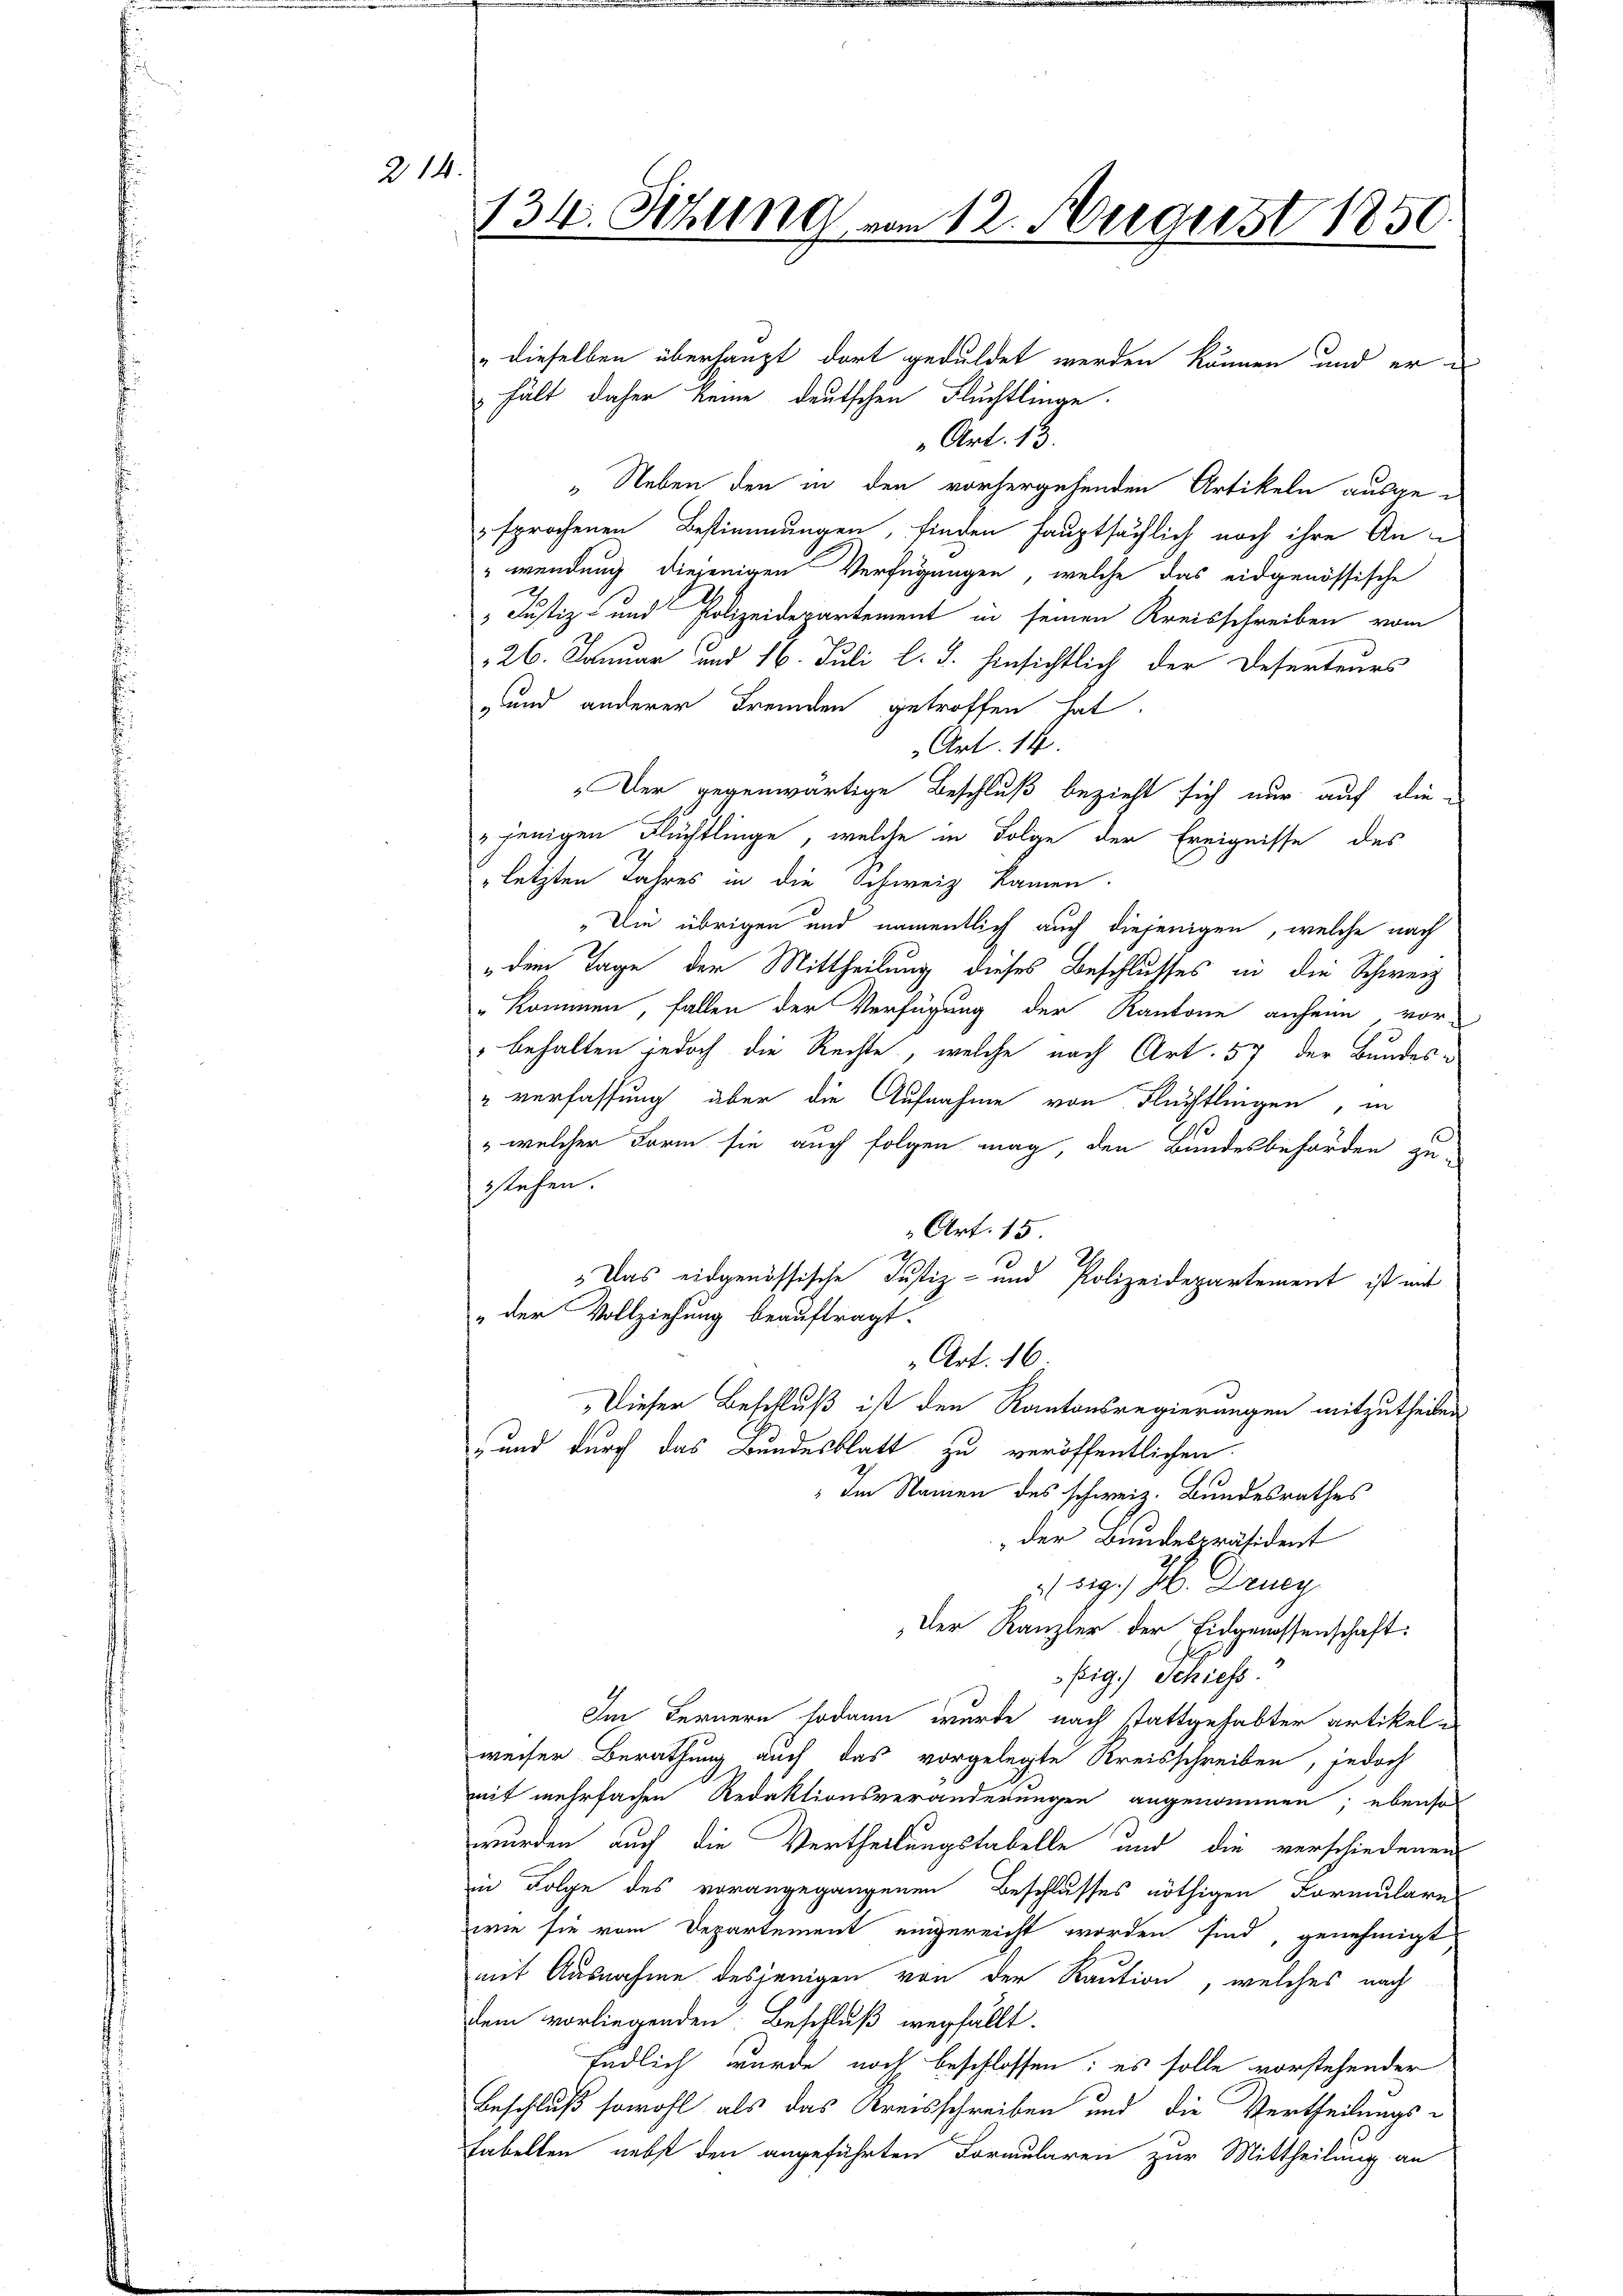
214.

134. Sehling vom 12. August 1850

„dieselben überhaupt dort geduldet werden können, und er e
hält daher keine deutschen Fluchtlinge.
„Art. 13.
„Neben den in den vorhergehenden Artikeln ausge-
sprochenen Bestimmungen, finden hauptsächlich noch ihre An¬
"wendung diejenigen Verfügungen, welche das eidgenössische
" Justiz- und Polizeidepartement in seinen Kreisschreiben vom
26. Januar und 16. Juli l. J. hinsichtlich der Deserteurs
und anderer Fremden getroffen hat.
Art. 14.
Der gegenwärtige Beschluß bezieht sich nur auf die-
jenigen Flüchtlinge, welche in Folge der Ereignisse des
letzten Jahres in die Schweiz kamen.
„Die übrigen und namentlich auch diejenigen, welche nach
„dem Tage der Mittheilung dieses Beschlusses in die Schweiz
"kommen, fallen der Verfügung der Kantone anheim, vor-
behalten jedoch die Rechte, welche nach Art. 57 der Bundes-
" verfassung über die Aufnahme von Flüchtlingen, in
" welcher Form sie auch folgen mag, den Bundesbehörden zu-
stehen.
Art. 15
 Das eidgenössische Justiz- und Polizeidepartement ist mit
„der Vollziehung beauftragt.
Art. 16
Dieser Beschluß ist den Kantonsregierungen mitzutheilen
und durch das Bundesblatt zu veröffentlichen
Im Namen des schweiz. Bundesrathes
 der Bundespräsident
g. H. Dring
Der Kanzler der Eidgenossenschaft:
fig. Schiefs
Im Fernern sodann wurde nach stattgehabter artikel e
weiser Berathung auch das vorgelegte Kreisschreiben, jedoch
mit mehrfachen Redaktionsveränderungen angenommen; ebenso
wurden auch die Vertheilungstabelle und die verschiedenen
in Folge des vorangegangenen Beschlusses nöthigen Formulare
wie sie vom Departement eingereicht worden sind, genehmigt
mit Ausnahme desjenigen von der Kaution, welches nach
dem vorliegenden Beschluß wegfällt.
Endlich wurde noch beschlossen: es solle vorstehender
Beschluß sowohl als das Kreisschreiben und die Vertheilungs-
Fabellen nebst den angeführten Formularen zur Mittheilung an